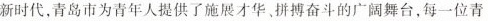
新时代，青岛市为青年人提供了施展才华。拼搏奋斗的广阔舞台，每一位青